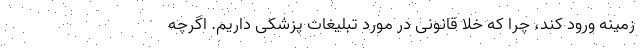
زمینه ورود کند، چرا که خلا قانونی در مورد تبلیغات پزشکی داریم. اگرچه